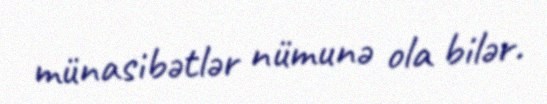
münasibətlər nümunə ola bilər.